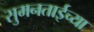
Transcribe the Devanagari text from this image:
सुमनताईच्या